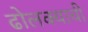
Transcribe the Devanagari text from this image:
ढोलक्याची